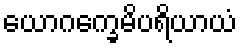
ယောဂက္ခေမိပရိယာယံ